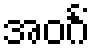
အဝင်္ဂံ